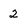
Character: 2